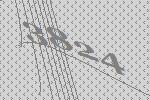
3824